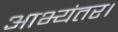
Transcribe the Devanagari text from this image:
आभ्यंतर।